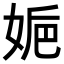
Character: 𡜮